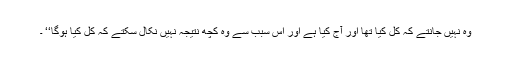
وہ نہیں جانتے کہ کل کیا تھا اور آج کیا ہے اور اس سبب سے وہ کچھ نتیجہ نہیں نکال سکتے کہ کل کیا ہوگا‘‘ ۔